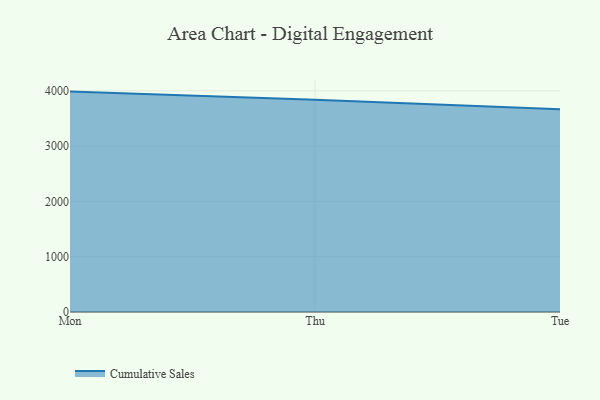
{"axis": {"x": "Day", "y": "Operating Costs (USD K)"}, "legend": ["Cumulative Sales"], "data": [{"x": "Mon", "y": 3985.6, "type": "Cumulative Sales"}, {"x": "Thu", "y": 3840.0, "type": "Cumulative Sales"}, {"x": "Tue", "y": 3666.1, "type": "Cumulative Sales"}]}